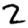
Digit: 2